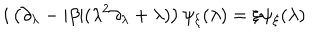
i \left( \partial _ { \lambda } - \vert \beta \vert ( \lambda ^ { 2 } \partial _ { \lambda } + \lambda ) \right) \psi _ { \xi } ( \lambda ) = \xi \psi _ { \xi } ( \lambda )